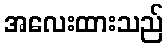
အလေးထားသည်